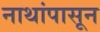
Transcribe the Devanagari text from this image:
नाथांपासून